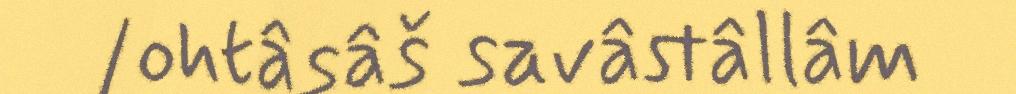
/ohtâsâš savâstâllâm